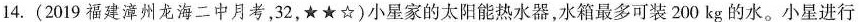
14.(2019福建漳州龙海二中月考，32，★★☆)小星家的太阳能热水器，水箱最多可装200kg的水。小星进行